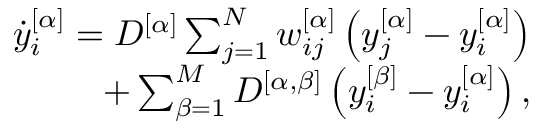
\begin{array} { r } { \dot { y } _ { i } ^ { [ \alpha ] } = D ^ { [ \alpha ] } \sum _ { j = 1 } ^ { N } w _ { i j } ^ { [ \alpha ] } \left( y _ { j } ^ { [ \alpha ] } - y _ { i } ^ { [ \alpha ] } \right) } \\ { \qquad \qquad + \sum _ { \beta = 1 } ^ { M } D ^ { [ \alpha , \beta ] } \left( y _ { i } ^ { [ \beta ] } - y _ { i } ^ { [ \alpha ] } \right) , } \end{array}